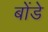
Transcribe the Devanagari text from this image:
बोंडे